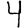
Digit: 4